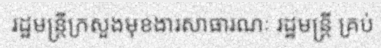
រដ្ឋមន្ត្រីក្រសួងមុខងារសាធារណៈ រដ្ឋមន្ត្រី គ្រប់